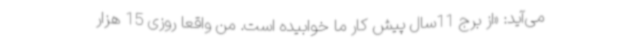
می‌آید: «از برج 11سال پیش کار ما خوابیده است. من واقعاً روزی 15 هزار